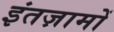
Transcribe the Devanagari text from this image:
इंतज़ामों